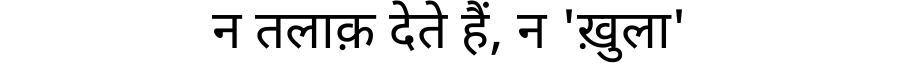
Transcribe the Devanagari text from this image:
न तलाक़ देते हैं, न 'ख़ुला'